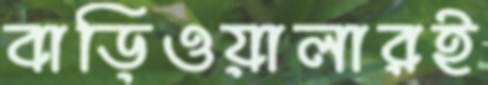
বাড়িওয়ালারই